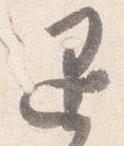
退